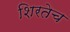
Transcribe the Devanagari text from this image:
शिरतेच